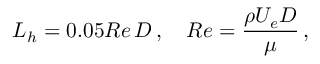
L _ { h } = 0 . 0 5 R e \, D \, , \quad R e = \frac { \rho U _ { e } D } { \mu } \, ,